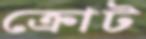
ক্রোট